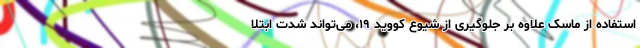
استفاده از ماسک علاوه بر جلوگیری از شیوع کووید ۱۹، می‌تواند شدت ابتلا